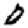
Digit: 0